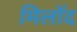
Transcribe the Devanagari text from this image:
मिलॉद